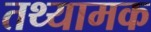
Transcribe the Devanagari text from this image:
तथ्यामक